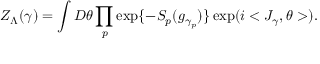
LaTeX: Z _ { \Lambda } ( \gamma ) = \int D \theta \prod _ { p } \exp \{ - { \cal S } _ { p } ( g _ { \gamma _ { p } } ) \} \exp ( i < J _ { \gamma } , \theta > ) .